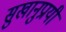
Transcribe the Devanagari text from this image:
सुखानुप्रायी